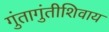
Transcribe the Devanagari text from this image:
गुंतागुंतीशिवाय